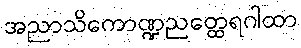
အညာသိကောဏ္ဍညတ္ထေရဂါထာ